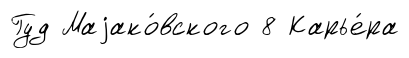
Гуд Маjако́вского 8 Карье́ра